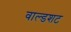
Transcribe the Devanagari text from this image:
वाल्डशट